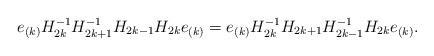
LaTeX: \begin{align*}e_{(k)}H_{2k}^{-1}H_{2k+1}^{-1}H_{2k-1}H_{2k}e_{(k)}=e_{(k)}H_{2k}^{-1}H_{2k+1}H_{2k-1}^{-1}H_{2k}e_{(k)}.\end{align*}